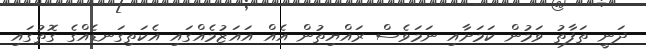
ދަނީ ތަފާތު ވަމުން ކަމަށާއި ނަމަވެސް ރައްޔިތުން އެއް އައަޒުމެއްގައި އެކަތިގަނޑެއްގެ ގޮތުގައި